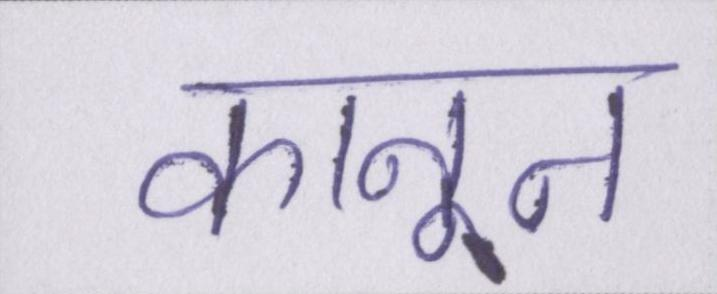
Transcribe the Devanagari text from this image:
कानून